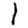
Digit: 1